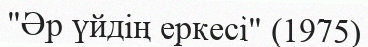
"Әр үйдің еркесі" (1975)